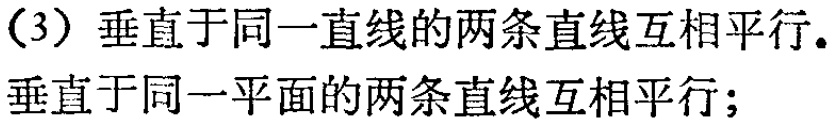
（3）垂直于同一直线的两条直线互相平行.
垂直于同一平面的两条直线互相平行;